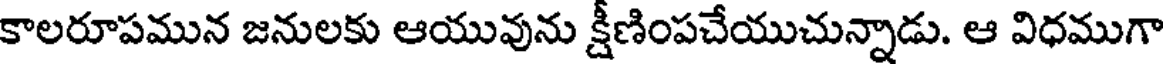
కాలరూపమున జనులకు ఆయువును క్షీణింపచేయుచున్నాడు. ఆ విధముగా